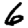
Digit: 6